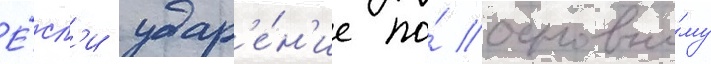
Е́сл'и удар'е́н'ие по́ основно́му